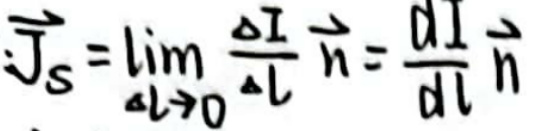
$\vec{j_S}=\lim_{\Delta l \to 0} \frac{\Delta I}{\Delta l}\vec{n}=\frac{dI}{d l}\vec{n}$